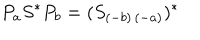
LaTeX: P _ { a } S ^ { \ast } P _ { b } = ( S _ { ( - b ) \, ( - a ) } ) ^ { \ast }